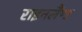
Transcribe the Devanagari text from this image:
राइनलैंण्ड